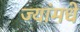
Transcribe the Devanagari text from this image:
ज्यांमधे